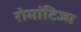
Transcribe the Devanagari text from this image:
रोमांटिज्म